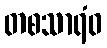
တစသာရံဝ